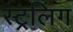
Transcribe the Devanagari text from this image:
स्ट्रलिंग